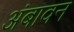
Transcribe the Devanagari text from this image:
अंबावन